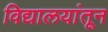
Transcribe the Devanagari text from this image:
विद्यालयांतून